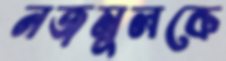
নজমুলকে